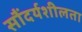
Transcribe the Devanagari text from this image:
सौंदर्यशीलता